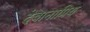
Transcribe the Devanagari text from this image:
देवानाप्रिय